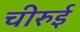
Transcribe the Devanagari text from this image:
चीरुई